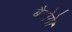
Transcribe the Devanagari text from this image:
बैठोगे।